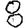
Digit: 8